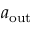
a _ { \mathrm { o u t } }